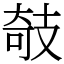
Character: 攲